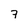
Character: 7